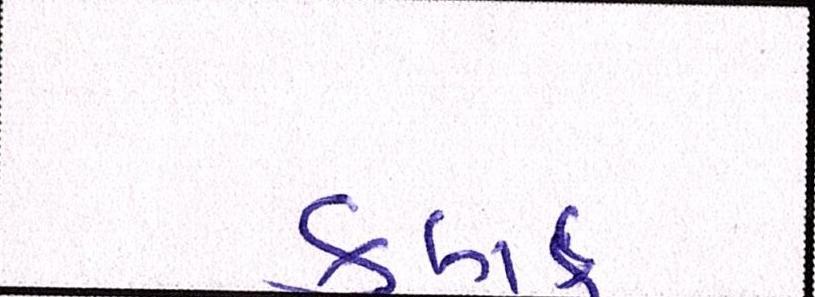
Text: કલાર્ક